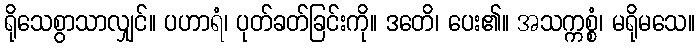
ရိုသေစွာသာလျှင်။ ပဟာရံ၊ ပုတ်ခတ်ခြင်းကို။ ဒတေိ၊ ပေး၏။ အသက္ကစ္စံ၊ မရိုမသေ။